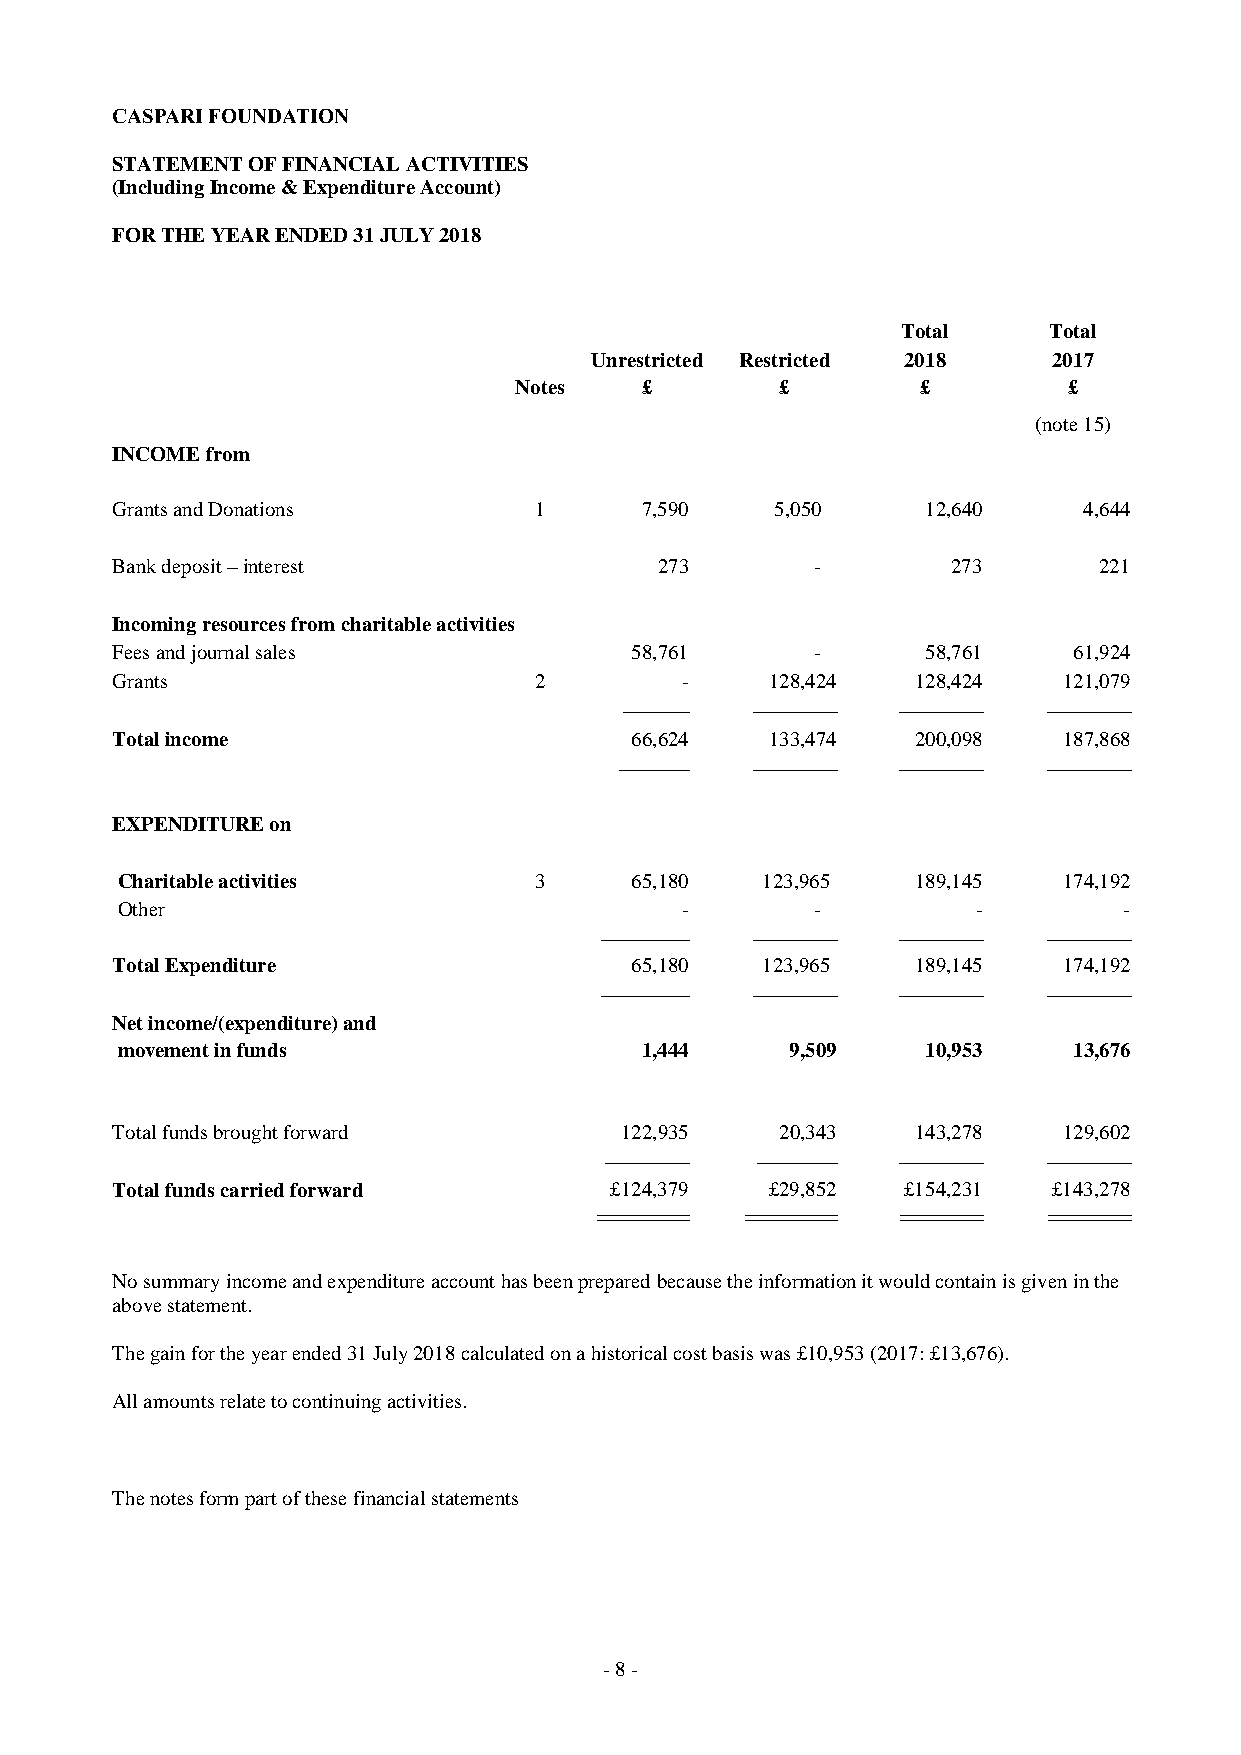
CASPARI FOUNDATION
 STATEMENT OF FINANCIAL ACTIVITIES
 (Including Income & Expenditure Account)
 FOR THE YEAR ENDED 31 JULY 2018
 Total    Total
 Unrestricted Restricted 2018   2017
 Notes   £         £        £         £
 (note 15)
 INCOME from
 Grants and Donations        1      7,590    5,050     12,640     4,644
 Bank deposit – interest              273       -        273       221
 Incoming resources from charitable activities
 Fees and journal sales             58,761      -      58,761    61,924
 Grants                      2         -     128,424   128,424  121,079
 --------------- ------------------- ------------------- -------------------
 Total income                       66,624   133,474   200,098  187,868
 ---------------- ------------------- ------------------- -------------------
 EXPENDITURE on
 Charitable activities      3      65,180  123,965    189,145  174,192
 Other                                -        -          -        -
 -------------------- ------------------- ------------------- -------------------
 Total Expenditure                  65,180  123,965    189,145  174,192
 -------------------- ------------------- ------------------- -------------------
 Net income/(expenditure) and
 movement in funds                 1,444     9,509    10,953    13,676
 Total funds brought forward       122,935    20,343   143,278  129,602
 ------------------- ------------------ ------------------- -------------------
 Total funds carried forward      £124,379   £29,852  £154,231  £143,278
 ========== ========== ========= =========
 No summary income and expenditure account has been prepared because the information it would contain is given in the
 above statement.
 The gain for the year ended 31 July 2018 calculated on a historical cost basis was £10,953 (2017: £13,676).
 All amounts relate to continuing activities.
 The notes form part of these financial statements
 - 8 -